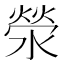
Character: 滎